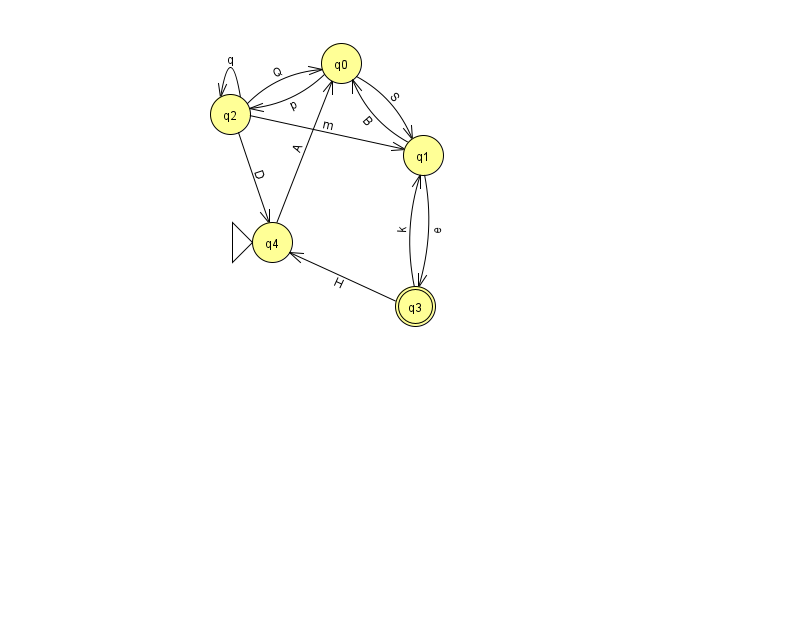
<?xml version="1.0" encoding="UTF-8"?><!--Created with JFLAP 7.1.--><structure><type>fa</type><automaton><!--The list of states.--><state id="0" name="q0"><x>341.0</x><y>50.0</y></state><state id="1" name="q1"><x>423.0</x><y>142.0</y></state><state id="2" name="q2"><x>230.0</x><y>101.0</y></state><state id="3" name="q3"><x>415.0</x><y>293.0</y><final/></state><state id="4" name="q4"><x>272.0</x><y>229.0</y><initial/></state><!--The list of transitions.--><transition><from>4</from><to>0</to><read>A</read></transition><transition><from>1</from><to>3</to><read>e</read></transition><transition><from>2</from><to>2</to><read>q</read></transition><transition><from>1</from><to>0</to><read>B</read></transition><transition><from>0</from><to>1</to><read>S</read></transition><transition><from>2</from><to>1</to><read>m</read></transition><transition><from>2</from><to>4</to><read>D</read></transition><transition><from>3</from><to>4</to><read>H</read></transition><transition><from>2</from><to>0</to><read>Q</read></transition><transition><from>0</from><to>2</to><read>p</read></transition><transition><from>3</from><to>1</to><read>k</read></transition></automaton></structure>